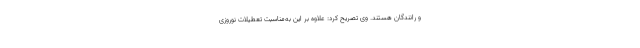
و رانندگان هستند. وی تصریح کرد: علاوه بر این به‌مناسبت تعطیلات نوروزی